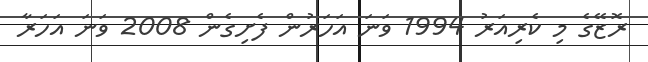
ރޮޒޭގެ މި ކެރިއަރު 1994 ވަނަ އަހަރުން ފެށިގެން 2008 ވަނަ އަހަރާ